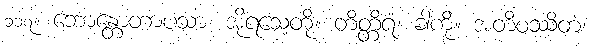
၁၁၇။ ဘောန္တောတာပသာ၊ အိုရသေ့တို့။ တိတ္တိရံ၊ ခါကို။ အတိဝဿိတံ၊